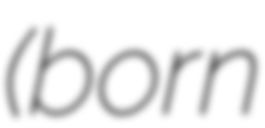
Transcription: (born